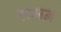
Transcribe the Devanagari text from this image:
हामर्न